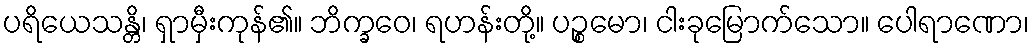
ပရိယေသန္တိ၊ ရှာမှီးကုန်၏။ ဘိက္ခဝေ၊ ရဟန်းတို့။ ပဉ္စမော၊ ငါးခုမြောက်သော။ ပေါရာဏော၊